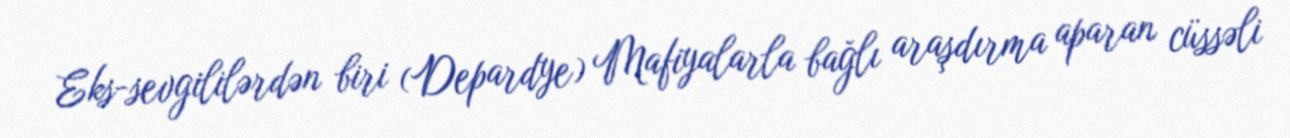
Eks-sevgililərdən biri (Depardye) Mafiyalarla bağlı araşdırma aparan cüssəli